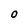
Character: O